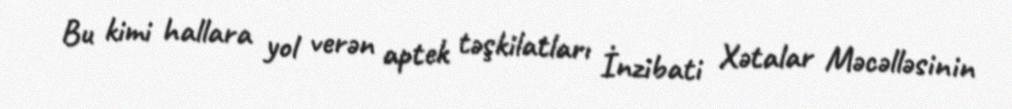
Bu kimi hallara yol verən aptek təşkilatları İnzibati Xətalar Məcəlləsinin